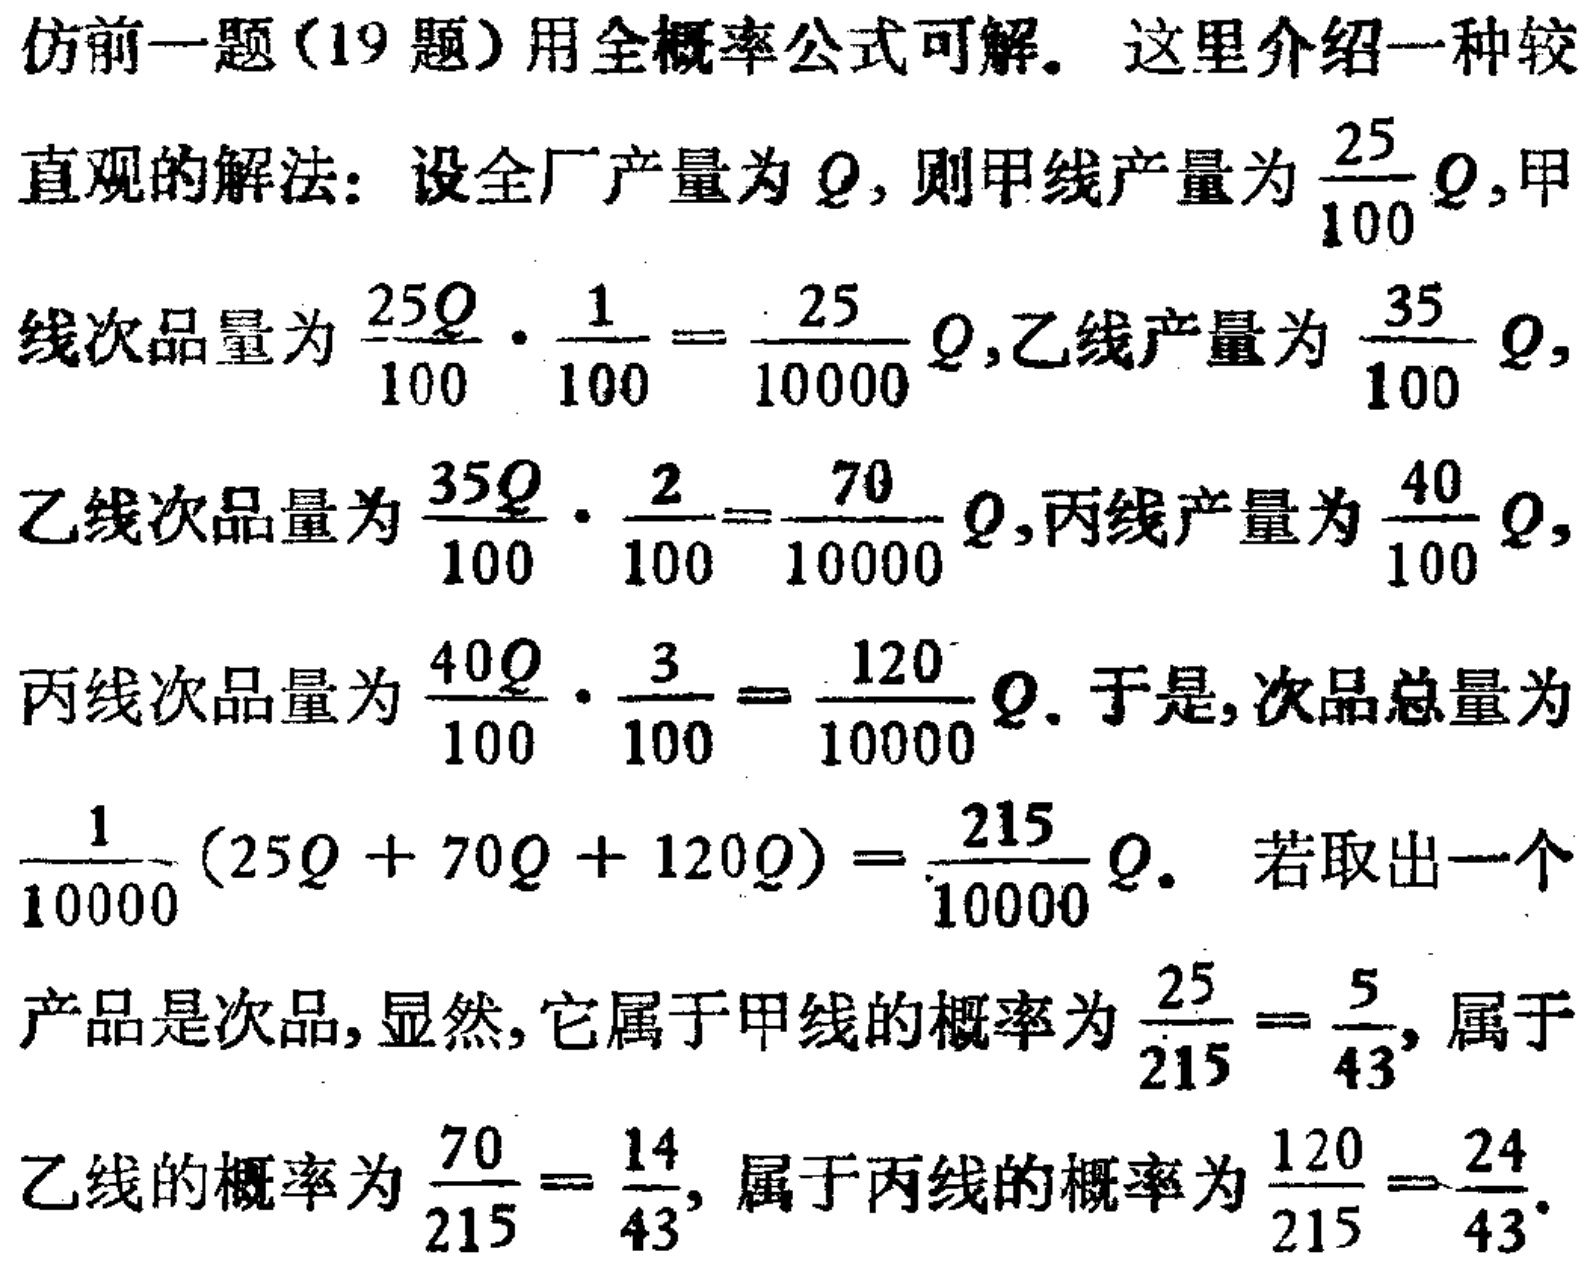
仿前一题(19 题)用全概率公式可解. 这里介绍一种较

直观的解法: 设全厂产量为\(Q\), 则甲线产量为\(\frac{25}{100}Q\), 甲

线次品量为\(\frac{25Q}{100}\cdot\frac{1}{100}=\frac{25}{10000}Q\), 乙线产量为\(\frac{35}{100}Q\),

乙线次品量为\(\frac{35Q}{100}\cdot\frac{2}{100}=\frac{70}{10000}Q\), 丙线产量为\(\frac{40}{100}Q\),

丙线次品量为\(\frac{40Q}{100}\cdot\frac{3}{100}=\frac{120}{10000}Q\). 于是, 次品总量为

\(\frac{1}{10000}(25Q + 70Q + 120Q)=\frac{215}{10000}Q\). 若取出一个

产品是次品, 显然, 它属于甲线的概率为\(\frac{25}{215}=\frac{5}{43}\), 属于

乙线的概率为\(\frac{70}{215}=\frac{14}{43}\), 属于丙线的概率为\(\frac{120}{215}=\frac{24}{43}\).